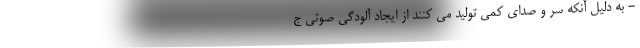
- به دلیل آنکه سر و صدای کمی تولید می کنند از ایجاد آلودگی صوتی ج